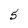
Character: 5